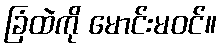
ခြံထဲကို မောင်းမဝင်။